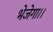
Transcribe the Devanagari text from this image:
भेजेगा।।